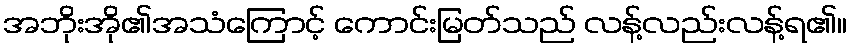
အဘိုးအို၏အသံကြောင့် ကောင်းမြတ်သည် လန့်လည်းလန့်ရ၏။